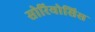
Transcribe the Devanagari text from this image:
सोरियोसिस